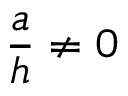
\frac { a } { h } \neq 0